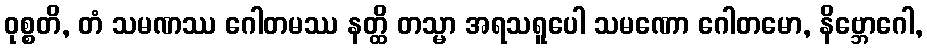
ဝုစ္စတိ, တံ သမဏဿ ဂေါတမဿ နတ္ထိ တသ္မာ အရသရူပေါ သမဏော ဂေါတမော, နိဗ္ဘောဂေါ,